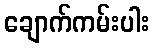
ချောက်ကမ်းပါး